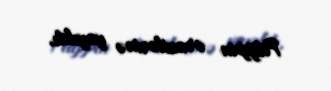
Filippin ərazilərinə yayıldı.